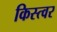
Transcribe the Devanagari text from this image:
किस्त्वर